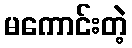
မကောင်းတဲ့